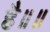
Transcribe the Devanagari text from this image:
है॥॥